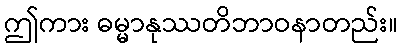
ဤကား ဓမ္မာနုဿတိဘာဝနာတည်း။